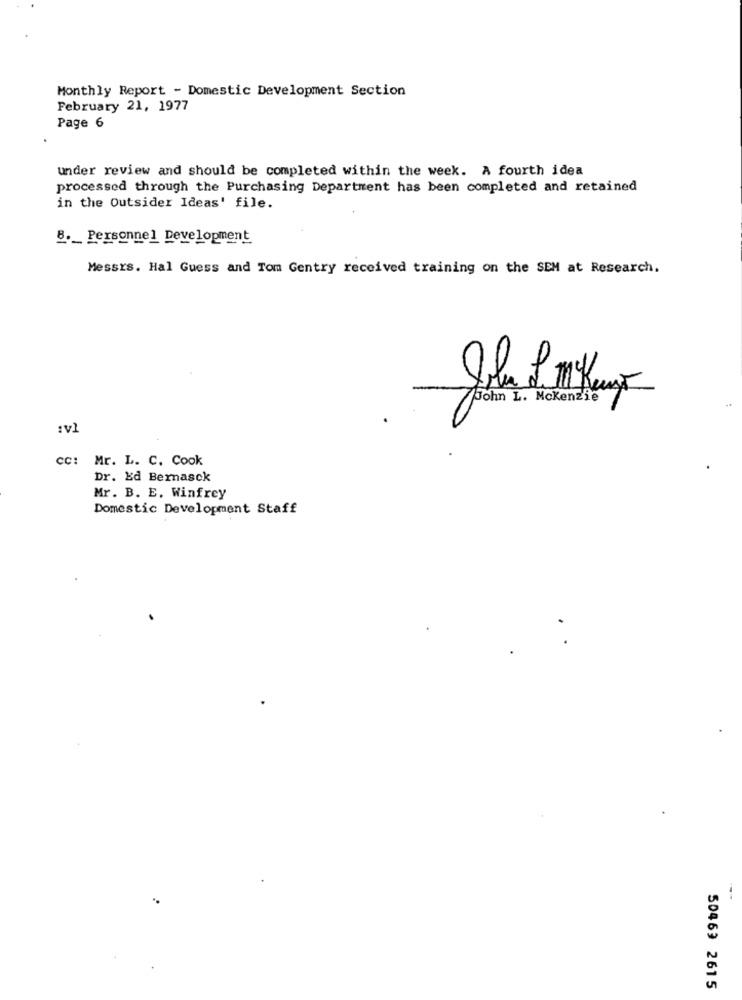
Monthly Report - Domestic Development Section
February 21, 1977
Page 6
under review and should be completed within the week. A fourth idea
processed through the Purchasing Department has been completed and retained
in the Outsider Ideas' file.
8 ._ Personnel Development
Messrs. Hal Guess and Tom Gentry received training on the SEM at Research.
John L. Mckenzie
:VI
cc: Mr. L. C. Cook
Dr. Ed Bernasck
Mr. B. E. Winfrey
Domestic Development Staff
50469 2615